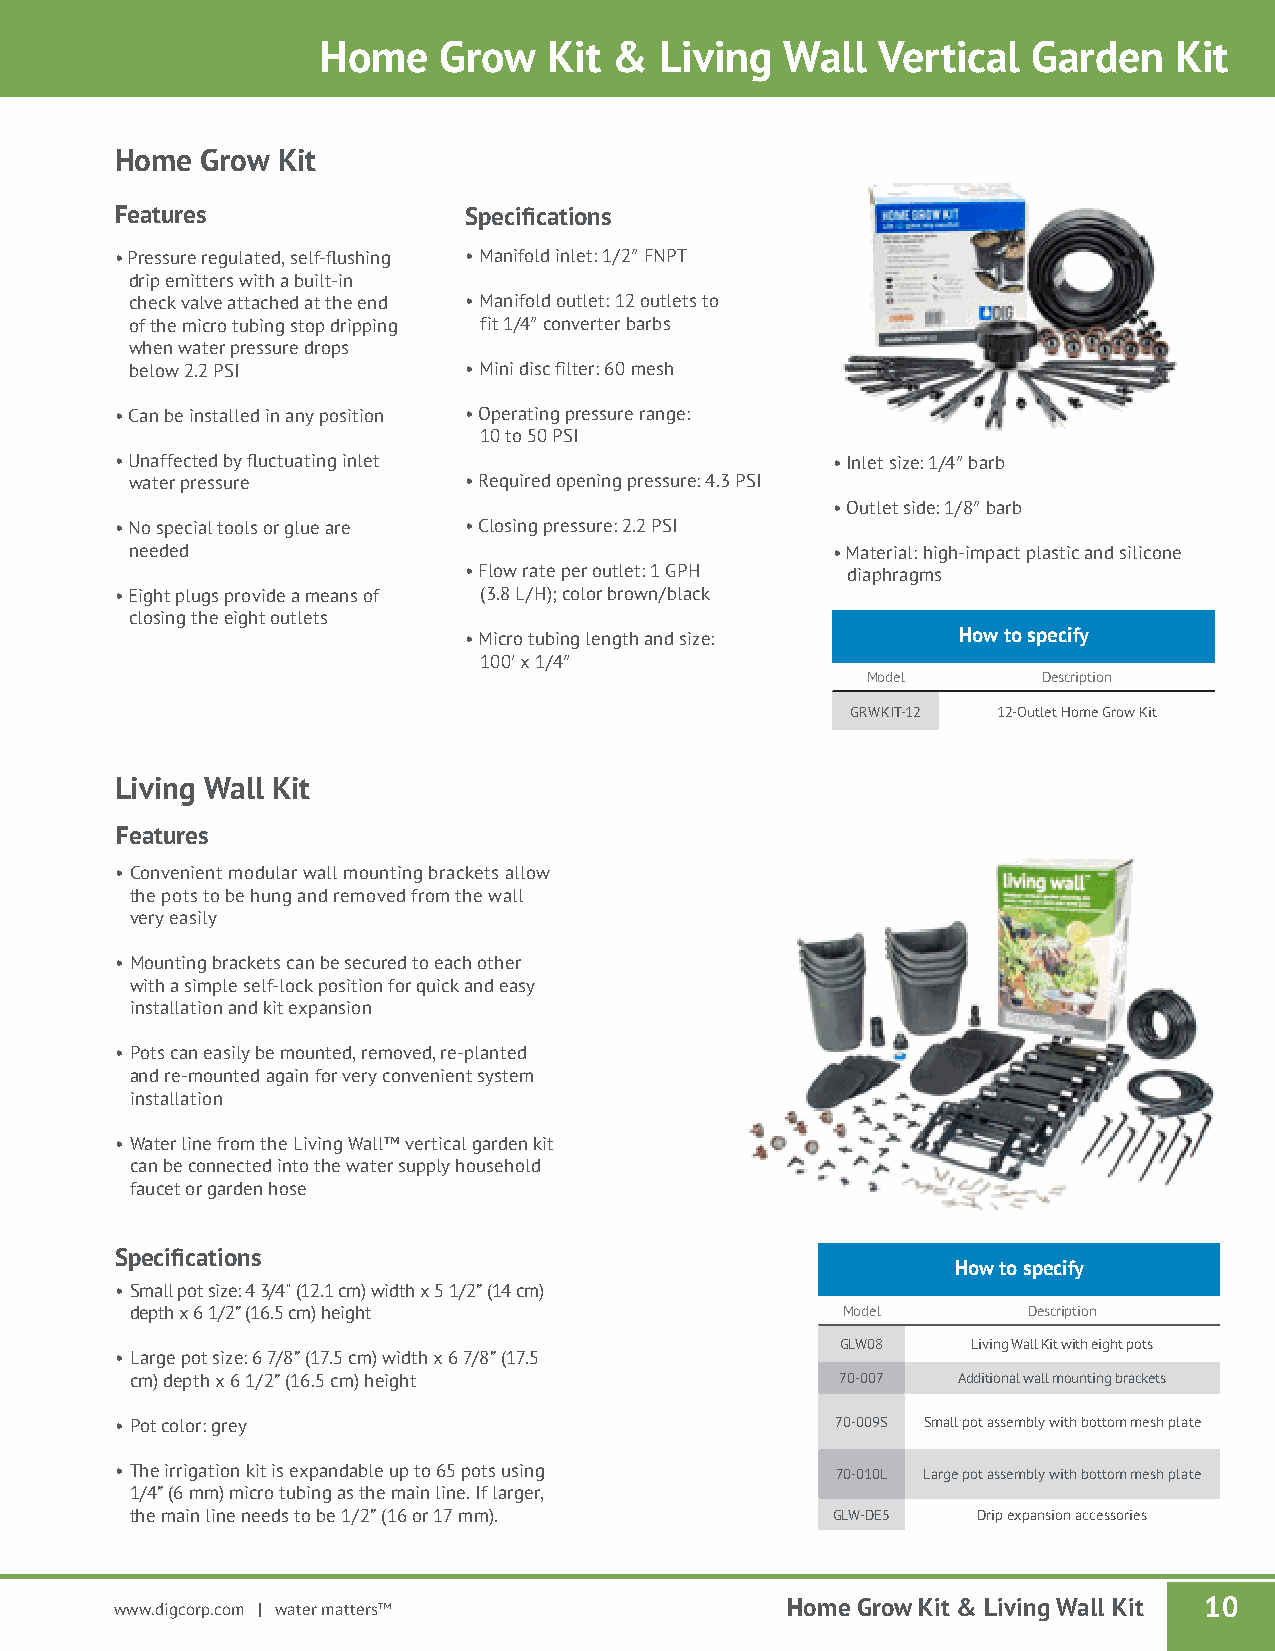
Home    Grow   Kit  &  Living  WMaIlCl RVOer-tLicINalE G™ aDrdriepnli nKeit
 Home Grow Kit
 Features               Specifications
 • Pressure regulated, self-flushing • Manifold inlet: 1/2″ FNPT
 drip emitters with a built-in
 check valve attached at the end • Manifold outlet: 12 outlets to
 of the micro tubing stop dripping fit 1/4″ converter barbs
 when water pressure drops
 below 2.2 PSI         • Mini disc filter: 60 mesh
 • Can be installed in any position • Operating pressure range:
 10 to 50 PSI
 • Unaffected by fluctuating inlet              • Inlet size: 1/4″ barb
 water pressure        • Required opening pressure: 4.3 PSI
 • Outlet side: 1/8″ barb
 • No special tools or glue are • Closing pressure: 2.2 PSI
 needed                                        • Material: high-impact plastic and silicone
 • Flow rate per outlet: 1 GPH diaphragms
 • Eight plugs provide a means of (3.8 L/H); color brown/black
 closing the eight outlets
 • Micro tubing length and size:  How to specify
 100′ x 1/4″
 Model       Description
 GRWKIT-12 12-Outlet Home Grow Kit
 Living Wall Kit
 Features
 • Convenient modular wall mounting brackets allow
 the pots to be hung and removed from the wall
 very easily
 • Mounting brackets can be secured to each other
 with a simple self-lock position for quick and easy
 installation and kit expansion
 • Pots can easily be mounted, removed, re-planted
 and re-mounted again for very convenient system
 installation
 • Water line from the Living Wall™ vertical garden kit
 can be connected into the water supply household
 faucet or garden hose
 Specifications
 How to specify
 • Small pot size: 4 3/4" (12.1 cm) width x 5 1/2” (14 cm)
 depth x 6 1/2” (16.5 cm) height                Model       Description
 GLW08   Living Wall Kit with eight pots
 • Large pot size: 6 7/8” (17.5 cm) width x 6 7/8” (17.5
 cm) depth x 6 1/2” (16.5 cm) height            70-007 Additional wall mounting brackets
 • Pot color: grey                              70-009S Small pot assembly with bottom mesh plate
 • The irrigation kit is expandable up to 65 pots using 70-010L Large pot assembly with bottom mesh plate
 1/4” (6 mm) micro tubing as the main line. If larger,
 the main line needs to be 1/2” (16 or 17 mm). GLW-DE5   Drip expansion accessories
 www.digcorp.com | water matters™            Home Grow Kit & Living Wall Kit 10